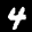
Label: 4